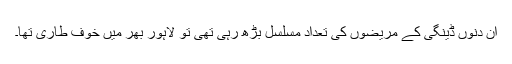
ان دنوں ڈینگی کے مریضوں کی تعداد مسلسل بڑھ رہی تھی تو لاہور بھر میں خوف طاری تھا۔